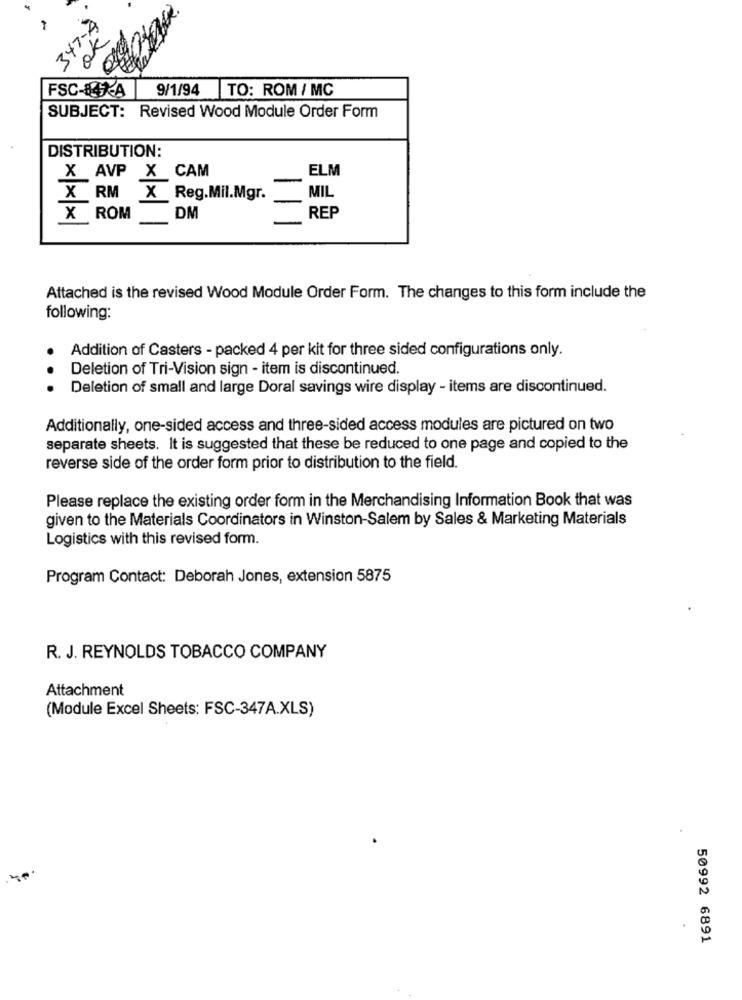
347-4
ok
FSC-84XA
9/1/94 TO: ROM / MC
SUBJECT: Revised Wood Module Order Form
DISTRIBUTION:
X AVP X CAM
ELM
MIL
X RM X Reg.Mil.Mgr.
REP
X ROM DM
Attached is the revised Wood Module Order Form. The changes to this form include the
following:
Addition of Casters - packed 4 per kit for three sided configurations only.
Deletion of Tri-Vision sign - item is discontinued.
Deletion of small and large Doral savings wire display - items are discontinued.
Additionally, one-sided access and three-sided access modules are pictured on two
separate sheets. It is suggested that these be reduced to one page and copied to the
reverse side of the order form prior to distribution to the field.
Please replace the existing order form in the Merchandising Information Book that was
given to the Materials Coordinators in Winston-Salem by Sales & Marketing Materials
Logistics with this revised form.
Program Contact: Deborah Jones, extension 5875
R. J. REYNOLDS TOBACCO COMPANY
Attachment
(Module Excel Sheets: FSC-347A.XLS)
50992 6891